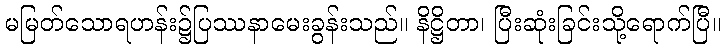
မမြတ်သောရဟန်း၌ပြဿနာမေးခွန်းသည်။ နိဋ္ဌိတာ၊ ပြီးဆုံးခြင်းသို့ရောက်ပြီ။